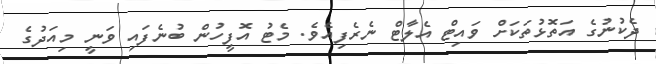
ދެކުނުގެ އަތޮޅުތަކަށް ވައިޓް އެލާޓް ނެރެފިއެވެ. މެޓު އޮފީހުން ބުނެފައި ވަނީ މިއަދުގެ